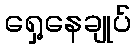
ရှေ့နေချုပ်